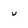
Character: u